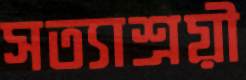
সত্যাশ্রয়ী